Indian journal of veterinary science and animal husbandry - Volume 5,
Year: 1935
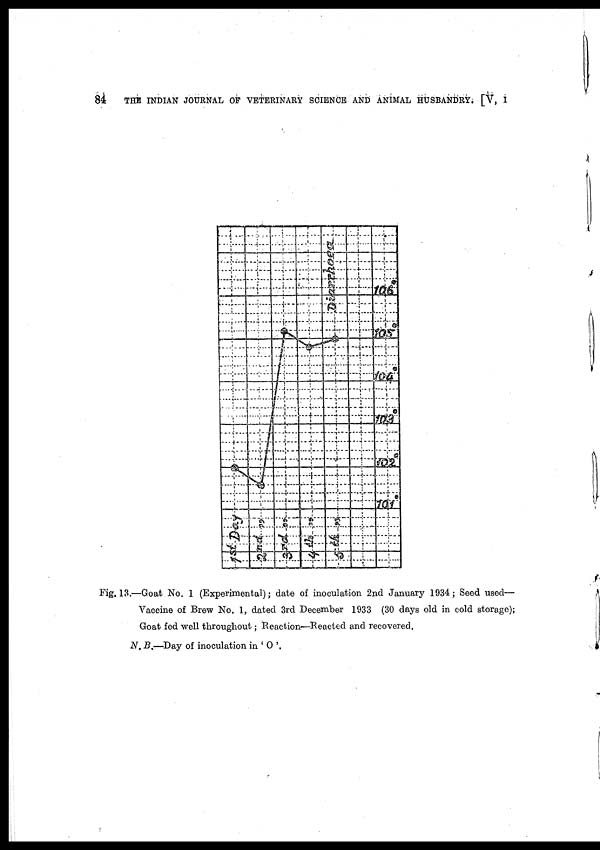
84
THE INDIAN JOURNAL OF VETERINARY SCIENCE AND ANIMAL HUSBANDRY. [V, I
Fig. 13.—Goat No. 1 (Experimental) ; date of inoculation 2nd January 1934 ; Seed used—
Vaccine of Brew No. 1, dated 3rd December 1933 (30 days old in cold storage) ;
Goat fed well throughout; Reaction—Reacted and recovered.
N. B.—Day of inoculation in ' O '.